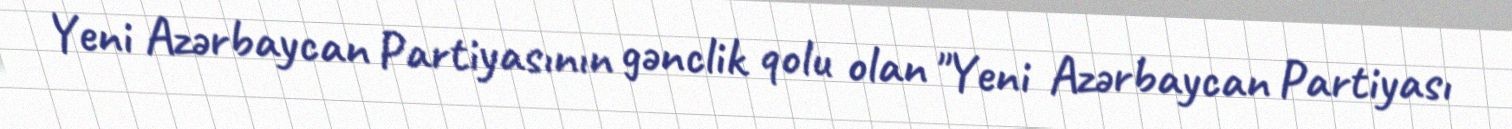
Yeni Azərbaycan Partiyasının gənclik qolu olan "Yeni Azərbaycan Partiyası